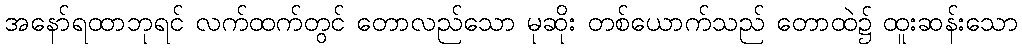
အနော်ရထာဘုရင် လက်ထက်တွင် တောလည်သော မုဆိုး တစ်ယောက်သည် တောထဲ၌ ထူးဆန်းသော